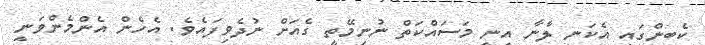
ކެބިންގައި އެކަނި ލާނާ އިނީ މަސައްކަތް ނުނިމޭތީ ގެއަށް ނުދެވިފައެވެ. އެހެން އެންމެންވަނީ